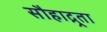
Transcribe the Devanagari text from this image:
सौहाद्र्रता